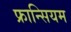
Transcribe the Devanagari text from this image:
फ्रान्सियम